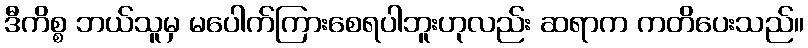
ဒီကိစ္စ ဘယ်သူမှ မပေါက်ကြားစေရပါဘူးဟုလည်း ဆရာက ကတိပေးသည်။